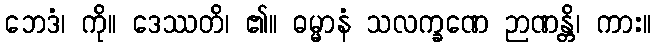
ဘေဒံ၊ ကို။ ဒေဿတိ၊ ၏။ ဓမ္မာနံ သလက္ခဏေ ဉာဏန္တိ၊ ကား။